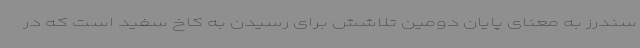
سندرز به معنای پایان دومین تلاشش برای رسیدن به کاخ سفید است که در